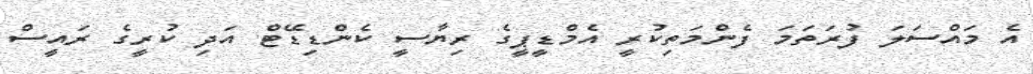
އެ މައްސަލަ ފުރަތަމަ ފެންމަތިކުރީ އެމްޑީޕީގެ ރިޔާސީ ކެންޑިޑޭޓް އަދި ކުރީގެ ރައީސް